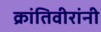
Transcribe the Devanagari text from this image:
क्रांतिवीरांनी